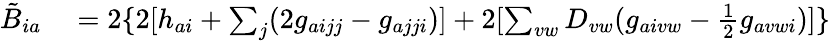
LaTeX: \begin{array}{rl}{\tilde{B}_{ia}}&{{}=2\{ 2[h_{ai}+\sum_{j}(2g_{aijj}-g_{ajji})]+2[\sum_{vw}D_{vw}(g_{aivw}-\frac{1}{2}g_{avwi})]\} }\end{array}